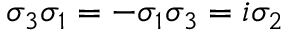
\sigma _ { 3 } \sigma _ { 1 } = - \sigma _ { 1 } \sigma _ { 3 } = i \sigma _ { 2 }